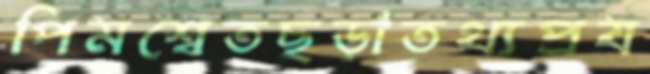
পিমশ্বেতছড়াতথ্যপ্রয